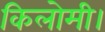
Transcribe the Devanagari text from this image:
किलोमी।